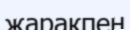
жаракпен